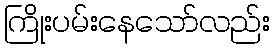
ကြိုးပမ်းနေသော်လည်း